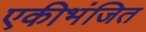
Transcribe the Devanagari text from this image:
एकीभंजित